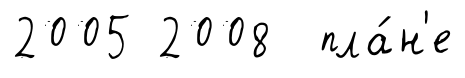
2005 2008 пла́н'е